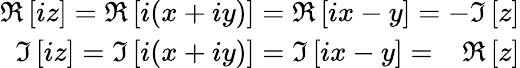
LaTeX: \begin{array}{r}{\Re\left[iz\right]=\Re\left[i(x+iy)\right]=\Re\left[ix-y\right]=-\Im\left[z\right]}\\ {\Im\left[iz\right]=\Im\left[i(x+iy)\right]=\Im\left[ix-y\right]=\phantom{-}\Re\left[z\right]}\end{array}